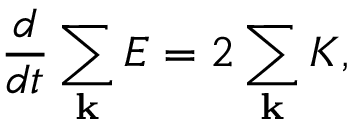
\frac { d } { d t } \sum _ { \bf k } E = 2 \sum _ { \bf k } K ,